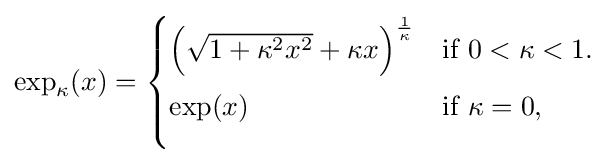
\exp _{\kappa }(x)={\begin{cases}{\Big (}{\sqrt {1+\kappa ^{2}x^{2}}}+\kappa x{\Big )}^{\frac {1}{\kappa }}&{\text{if }}0<\kappa <1.\\[6pt]\exp(x)&{\text{if }}\kappa =0,\\[8pt]\end{cases}}